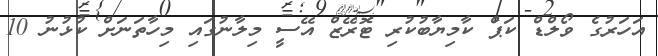
އަހަރުގެ ވޯލްޑް ކަޕް ކާމިޔާބުކުރި ޓޮރޭޒް އޭސީ މިލާނުގައި މިހާތަނަށް ކުޅުނު 10